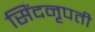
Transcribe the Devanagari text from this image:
सिंदनृपती